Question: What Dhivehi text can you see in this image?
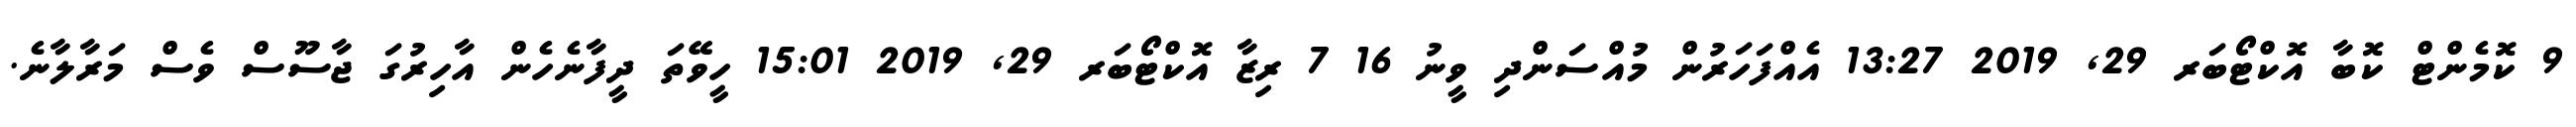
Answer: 9 ކޮމެންޓް ކޮބާ އޮކްޓޯބަރ 29, 2019 13:27 އެއްފަހަރުން މުއްސަންދި ވީނު 16 7 ރިޒާ އޮކްޓޯބަރ 29, 2019 15:01 ހީވޭތަ ދީފާނެހެން އާހިރުގަ ޖާސޫސް ވެސް މަރާލާނެ.